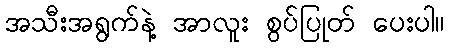
အသီးအရွက်နဲ့ အာလူး စွပ်ပြုတ် ပေးပါ။